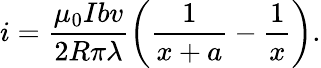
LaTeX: i=\frac{\mu_{0}Ibv}{2R\pi\lambda}\left(\frac{1}{x+a}-\frac{1}{x}\right).